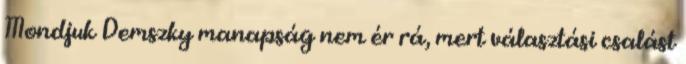
Mondjuk Demszky manapság nem ér rá, mert választási csalást